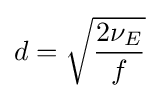
d={\sqrt {\frac {2\nu _{E}}{f}}}